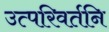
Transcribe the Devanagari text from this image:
उत्परिवर्तनि